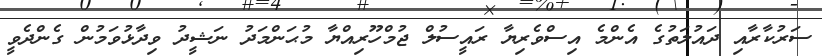
ސަރުކާރާއި ދައުލަތުގެ އެންމެ އިސްވެރިޔާ ރައީސުލް ޖުމްހޫރިއްޔާ މުޙަންމަދު ނަޝީދު ވިދާޅުވަމުން ގެންދެވީ